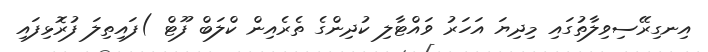
އިނގިރޭސިވިލާތުގައި މިދިޔަ އަހަރު ވައްޓާލި ކުދިންގެ ތެރެއިން ކްލަބް ފޫޓް )ފައިތިލަ ފުރޮޅިފައި